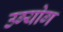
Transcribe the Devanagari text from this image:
उग्योग